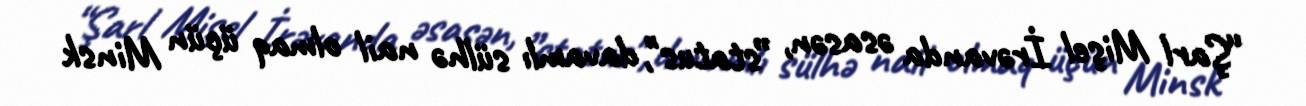
“Şarl Mişel İrəvanda əsasən, ”status", davamlı sülhə nail olmaq üçün Minsk